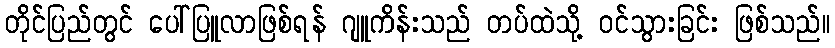
တိုင်ပြည်တွင် ပေါ်ပြူလာဖြစ်ရန် ဂျူကိန်းသည် တပ်ထဲသို့ ဝင်သွားခြင်း ဖြစ်သည်။